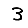
Digit: 3